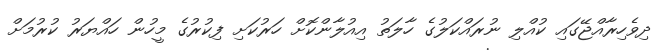
ދިވެހިރާއްޖޭގައި ކުއްލި ނުރައްކަލުގެ ހާލަތު އިއުލާންކޮށް ހަރުކަށި ފިކުރުގެ މީހުން ހައްޔަރު ކުރުމަށް